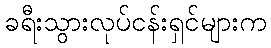
ခရီးသွားလုပ်ငန်းရှင်များက